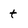
Character: t